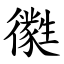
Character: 㣸